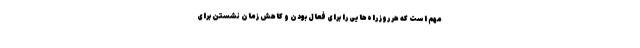
مهم است که هر روز راه‌هایی را برای فعال بودن و کاهش زمان نشستن برای